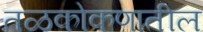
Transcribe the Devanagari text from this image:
तळकोकणातील